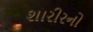
શારીરનો